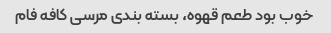
خوب بود طعم قهوه، بسته بندی مرسی کافه فام